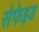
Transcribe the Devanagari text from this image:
सेफेइड